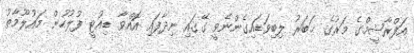
އަފްރާޝީމްގެ މަރުގެ ޚަބަރު ލިބިވަޑައިގެންނެވީ ގޭގައި ނިދާފައި އޮއްވާ ޑިއުޓީ ފުލުހުން މައުލޫމާތު